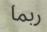
ربما